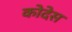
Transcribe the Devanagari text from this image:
कोदेस